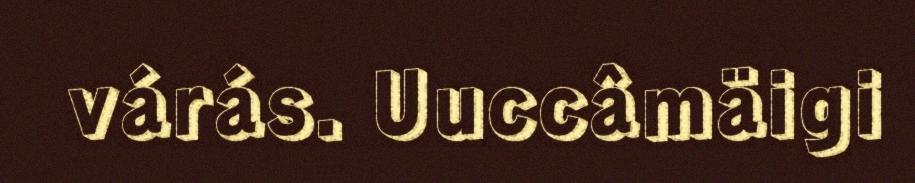
várás. Uuccâmäigi